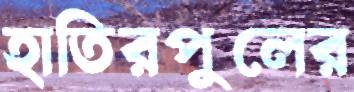
হাতিরপুলের